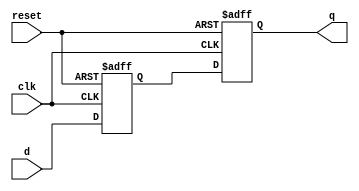
module d_flipflop_delay (
    input wire clk,
    input wire reset,
    input wire d,
    output reg q
);

reg delayed_d;

always @ (posedge clk or posedge reset) begin
    if (reset) begin
        delayed_d <= 1'b0;
    end else begin
        delayed_d <= d;
    end
end

always @ (posedge clk or posedge reset) begin
    if (reset) begin
        q <= 1'b0;
    end else begin
        q <= delayed_d;
    end
end

endmodule